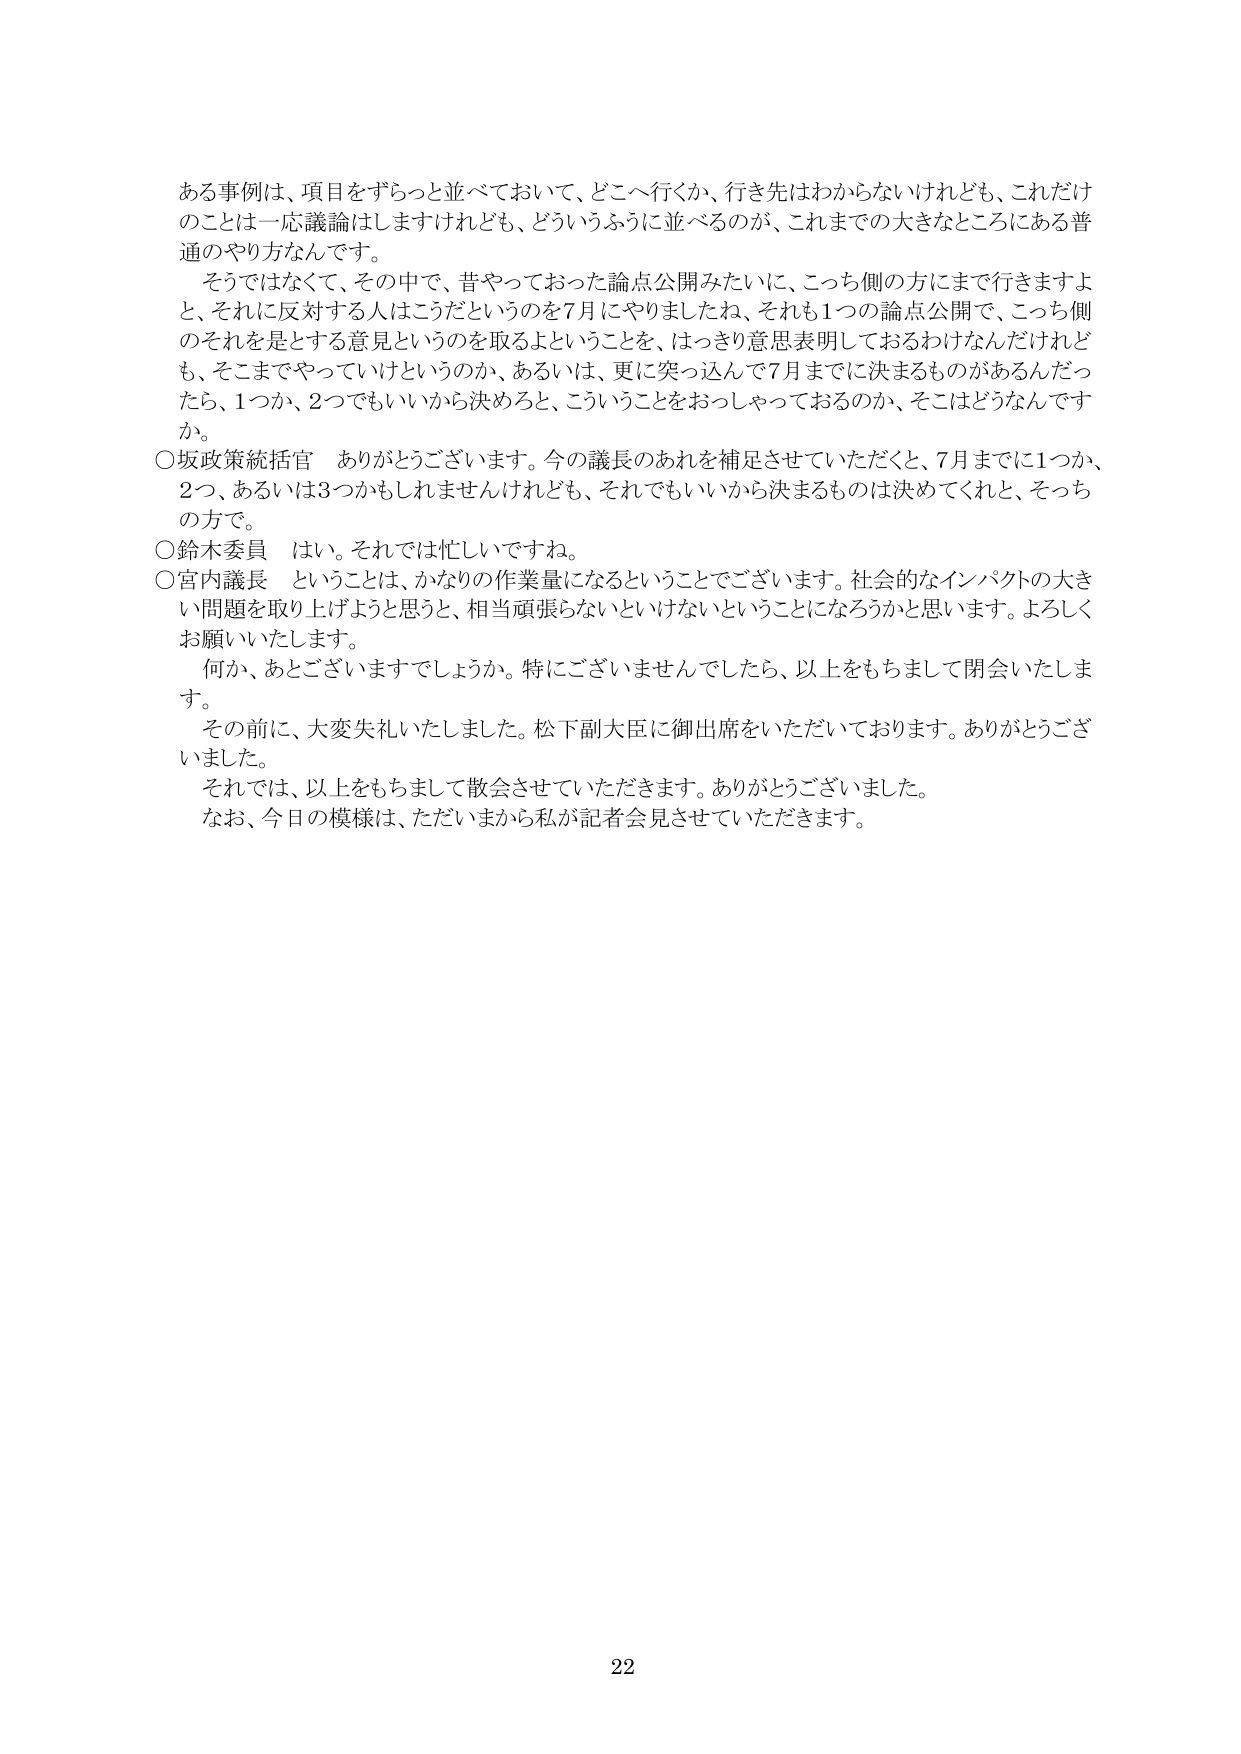
ある事例は、項目をずらっと並べておいて、どこへ行くか、行き先はわからないけれども、これだけのことは一応議論はしますけれども、どういうふうに並べるのか、これまでの大きなところにある普通のやり方なんです。

そうではなくて、その中で、昔やっておった論点公開みたいに、こっち側の方にまで行きますよと、それに対反する人はこうだというのを7月にやりましたね、それも1つの論点公開で、こっち側のそれを是とする意見というのを取るよということを、はっきり意思表明しておるわけなんだけれども、そこまでやっていけというのか、あるいは、更に突っ込んで7月までに決まるものがあるんだったら、1つか、2つでもいいから決めろと、こういうことをおっしゃっておるのか、そこはどうなんですか。

○坂政策統括官　ありがとうございます。今の議長のあれを補足させていただくと、7月までに1つか、2つ、あるいは3つかもしれませんけれども、それでもいいから決まるものは決めてくれと、そっちの方で。

○鈴木委員　はい。それでは忙しいですね。

○宮内議長　ということは、かなりの作業量になるということでございます。社会的なインパクトの大きい問題を取り上げようと思うと、相当頑張らないといけないということになろうかと思います。よろしくお願いいたします。

何か、あとございますでしょうか。特にございませんでしたら、以上をもちまして閉会いたします。

その前に、大変失礼いたしました。松下副大臣に御出席をいただいております。ありがとうございました。

それでは、以上をもちまして散会させていただきます。ありがとうございました。

なお、今日の模様は、ただいまから私が記者会見させていただきます。

22